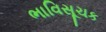
ભાવિસૂચક